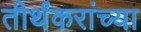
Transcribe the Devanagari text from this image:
तीर्थंकरांच्या